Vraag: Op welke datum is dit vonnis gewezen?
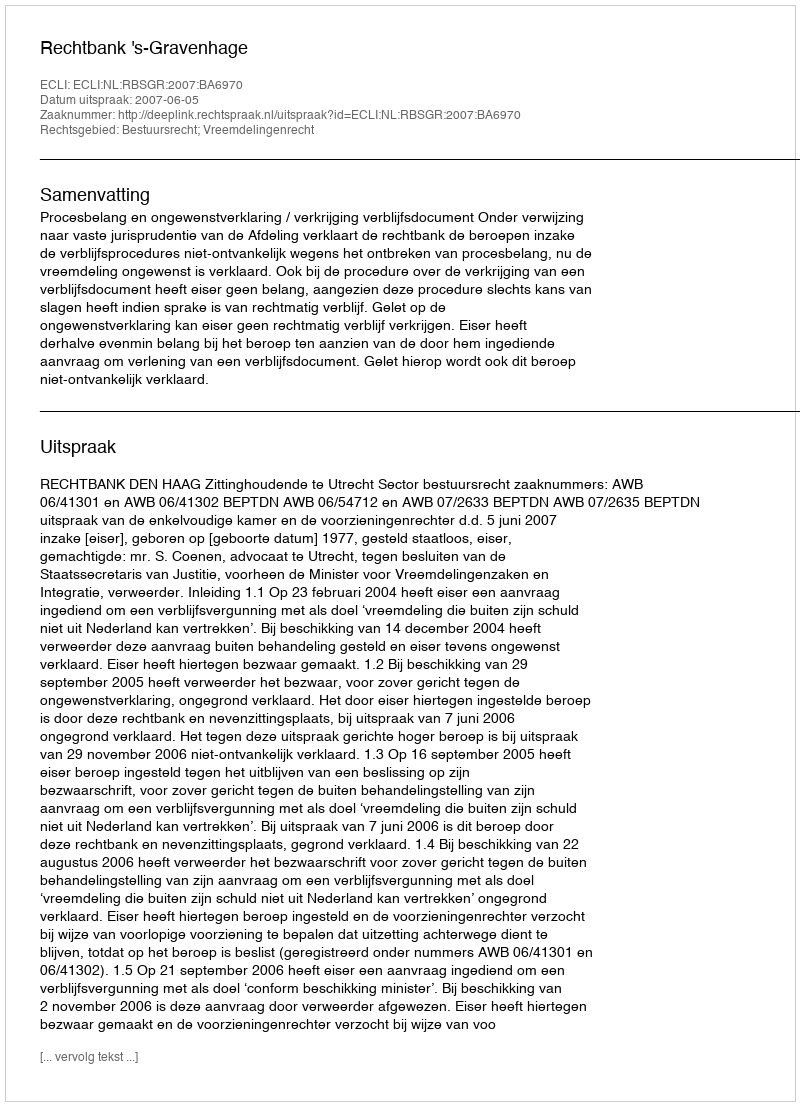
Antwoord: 2007-06-05